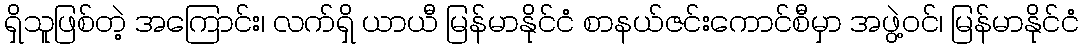
ရှိသူဖြစ်တဲ့ အကြောင်း၊ လက်ရှိ ယာယီ မြန်မာနိုင်ငံ စာနယ်ဇင်းကောင်စီမှာ အဖွဲ့ဝင်၊ မြန်မာနိုင်ငံ